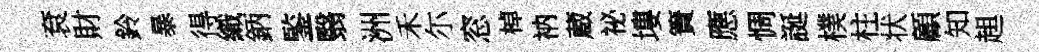
袞財鈴暴得織鈵鍳翳洲禾尓窓棹衲蔵祕塿簀應惆誕樸柱状顧知趄